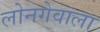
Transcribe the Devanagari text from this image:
लोनगेवाला